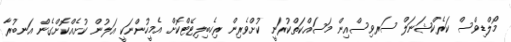
މޯލްޑިވްސް ކަރެކްޝަނަލް ސަރވިސްއިން މަސައްކަތްކުރަނީ ކުށްވެރިން ރިހެބިލިޓޭޓްކޮށް އެމީހުންނަކީ އަލުން ކުށެއްކޮށްގެން އަނބުރާ